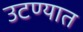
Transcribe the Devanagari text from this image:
उटण्यात